Annual report on the working of the lock hospitals in the North-Western Provinces and Oudh
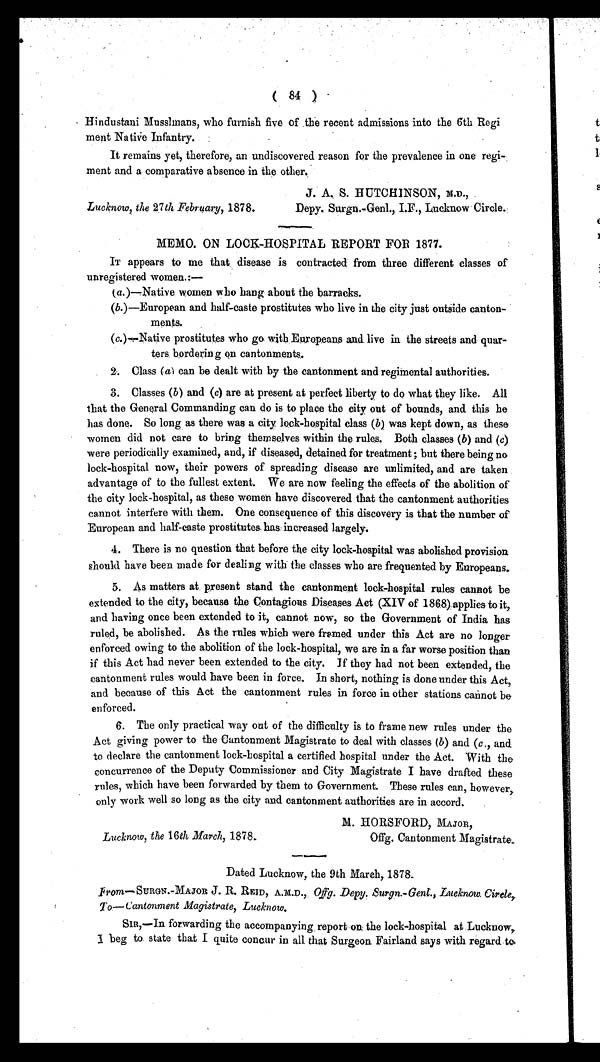
( 84 )
Hindustani Musslmans, who furnish five of the recent admissions into the 6th Regi
ment Native Infantry.
It remains yet, therefore, an undiscovered reason for the prevalence in one regi-
ment and a comparative absence in the other.
Lucknow, the 27th February, 1878.
J. A. S. HUTCHINSON, M.D.,
Depy. Surgn.-Genl., I.F., Lucknow Circle.
MEMO. ON LOCK-HOSPITAL REPORT FOR 1877.
IT appears to me that, disease is contracted from three different classes of
unregistered women.:—
( a.)—Native women who hang about the barracks.
(b.)—European and half-caste prostitutes who live in the city just outside canton-
ments.
(c.)—Native prostitutes who go with Europeans and live in the streets and quar-
ters borderin g on cantonments.
2 . C l a s s (
a ) c a n b e d e a l t w i t h b y t h e c a n t o n m e n t a n d r e g i m e n t a l a u t h o r i t i e s .
3. Classes ( b) and (c) are at present at perfect liberty to do what they like. All
that the General Commanding can do is to place the city out of bounds, and this he
has done. So long as there was a city, lock-hospital class ( b) was kept down, as these
women did not care to bring themselves within the rules. Both classes ( b) and (c)
were periodically examined, and, if diseased, detained for treatment ; but there being no
lock-hospital now, their powers of spreading disease are unlimited, and are taken
advantage of to the fullest extent. We are now feeling the effects of the abolition of
the city lock-hospital, as these women have discovered that the cantonment authorities
cannot interfere with them. One consequence of this discovery is that the number of
European and half-caste prostitutes, has increased largely.
4. There is no question that before the city lock-hospital was abolished provision
should have been made for dealing with the classes who are frequented by Europeans.
5. As matters at present stand the cantonment lock-hospital rules cannot be
extended to the city, because the contagious Diseases Act (XIV of 1868) applies to it,
and having once been extended to it, cannot now, so the Government of India has
ruled, be abolished. As the rules which were framed under this Act are no longer
enforced owing to the abolition of the lock-hospital, we are in a far worse position than
if this Act had never been extended to the city. If they had not been extended, the
cantonment rules would have been in force. In short, nothing is done under this Act,
and because of this Act the cantonment rules in force in other stations cannot be
enforced.
6. The only practical way out of the difficulty is to frame new rules under the
Act giving power to the Cantonment Magistrate to deal with classes ( b) and (c. , and
to declare the cantonment lock-hospital a certified hospital under the Act. With the
concurrence of the Deputy Commissioner and City Magistrate I have drafted these
rules, which have been forwarded by them to Government. These rules can, however,
only work well so long as the city and cantonment authorities are in accord.
Lucknow, the 16th March, 1878.
M. HORSFORD, MAJOR,
Offg. Cantonment Magistrate.
Dated Lucknow, the 9th March, 1878.
From—SURGN.-MAJOR J. R. REID, A.M.D., Offg. Depy. Surgn.-Genl., Lucknow. Circle,
To—Cantonment Magistrate, Lucknow.
SIR,—In forwarding the accompanying report on. the lock-hospital at Lucknow
, I beg to state that I quite concur in all that Surgeon Fairland says with regard to